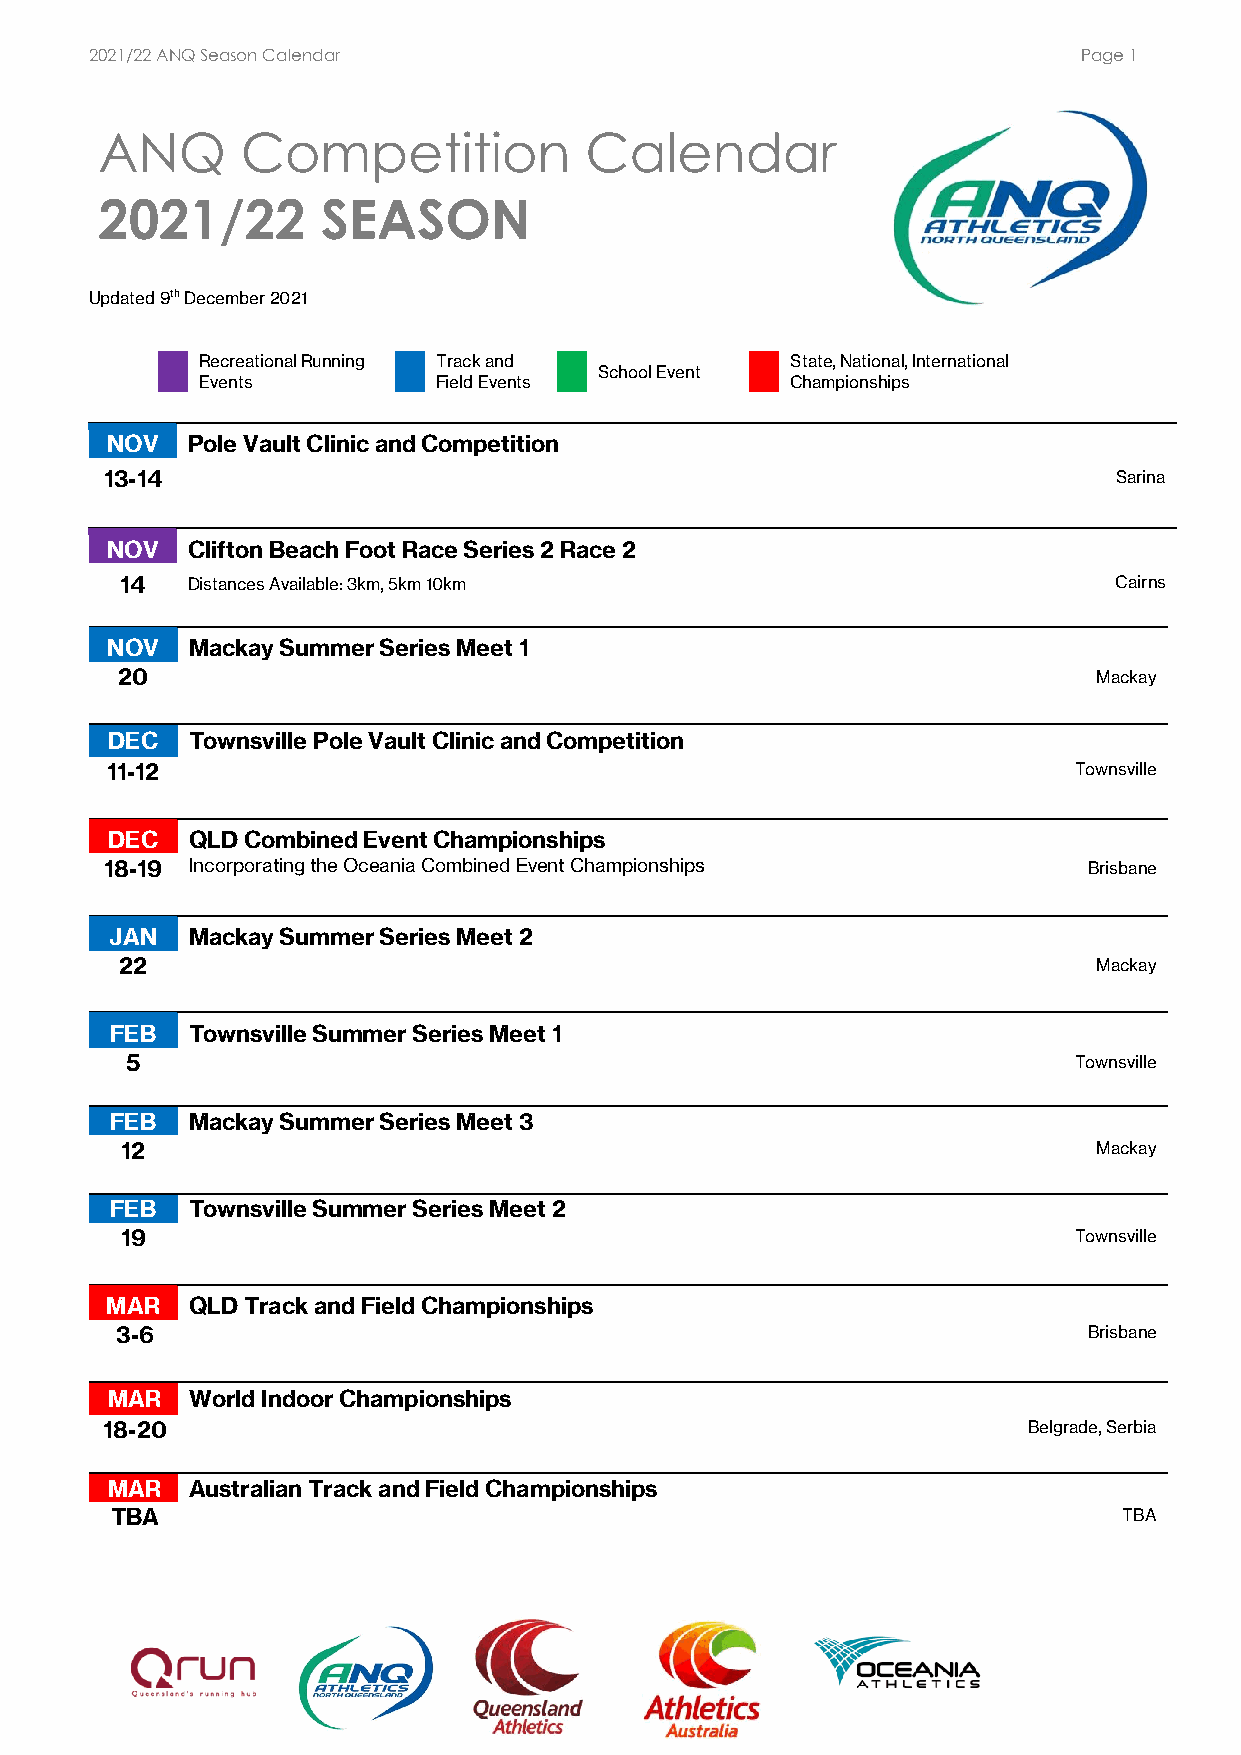
2021/22 ANQ Season Calendar                                       Page 1
 ANQ      Competition            Calendar
 2021/22       SEASON
 Updated 9th December 2021
 Recreational Running Track and         State, National, International
 School Event
 Events          Field Events           Championships
 NOV  Pole Vault Clinic and Competition
 13-14                                                              Sarina
 NOV  Clifton Beach Foot Race Series 2 Race 2
 14  Distances Available: 3km, 5km 10km                            Cairns
 NOV  Mackay Summer Series Meet 1
 20                                                               Mackay
 DEC  Townsville Pole Vault Clinic and Competition
 11-12                                                           Townsville
 DEC  QLD Combined Event Championships
 18-19 Incorporating the Oceania Combined Event Championships     Brisbane
 JAN  Mackay Summer Series Meet 2
 22                                                               Mackay
 FEB  Townsville Summer Series Meet 1
 5                                                              Townsville
 FEB  Mackay Summer Series Meet 3
 12                                                               Mackay
 FEB  Townsville Summer Series Meet 2
 19                                                             Townsville
 MAR  QLD Track and Field Championships
 3-6                                                             Brisbane
 MAR  World Indoor Championships
 18-20                                                        Belgrade, Serbia
 MAR  Australian Track and Field Championships
 TBA                                                                TBA